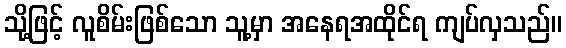
သို့ဖြင့် လူစိမ်းဖြစ်သော သူ့မှာ အနေရအထိုင်ရ ကျပ်လှသည်။